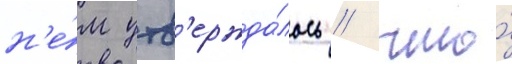
н'е́м утв'ержда́лось / что́